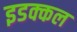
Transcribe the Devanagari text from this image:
इडक्कल